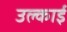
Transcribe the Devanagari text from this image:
उल्काई